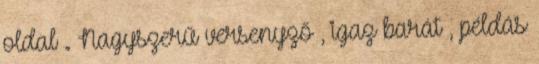
oldal . Nagyszerű versenyző , igaz barát , példás